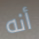
أنه